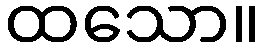
ထသော။